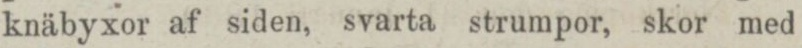
knäbyxor af siden, svarta strumpor, skor med